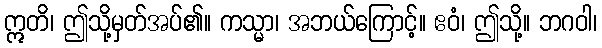
ဣတိ၊ ဤသို့မှတ်အပ်၏။ ကသ္မာ၊ အဘယ်ကြောင့်။ ဧဝံ၊ ဤသို့။ ဘဂဝါ၊